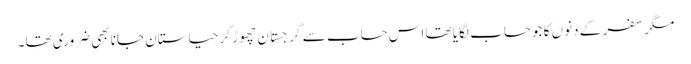
مگر سفر کے دنوں کا جو حساب لگایا تھا اس حساب سے گرجستان چھوڑ کر حیاستان جانا بھی ضروری تھا۔